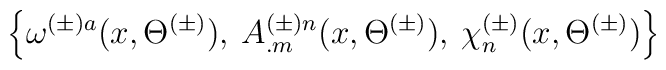
\left\{ \omega ^{(\pm )a}(x,\Theta ^{(\pm )}),\: A^{(\pm )n}_{.m}(x,\Theta ^{(\pm )}),\: \chi ^{(\pm )}_{n}(x,\Theta ^{(\pm )})\right\}